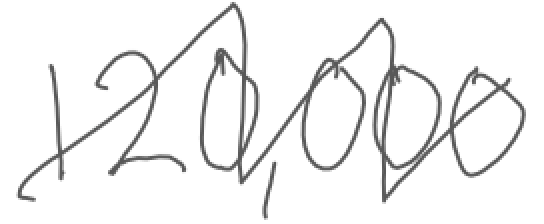
Text: 120,000
Cross-out: mix
Writing tool: digital_gray